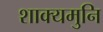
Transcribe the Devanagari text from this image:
शाक्‍यमुनि